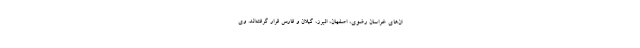
ان‌های خراسان رضوی، اصفهان، البرز، گیلان و فارس قرار گرفته‌اند. وی